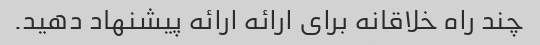
چند راه خلاقانه برای ارائه ارائه پیشنهاد دهید.